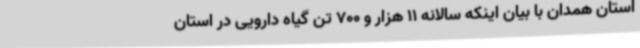
استان همدان با بیان اینکه سالانه 11 هزار و 700 تن گیاه دارویی در استان